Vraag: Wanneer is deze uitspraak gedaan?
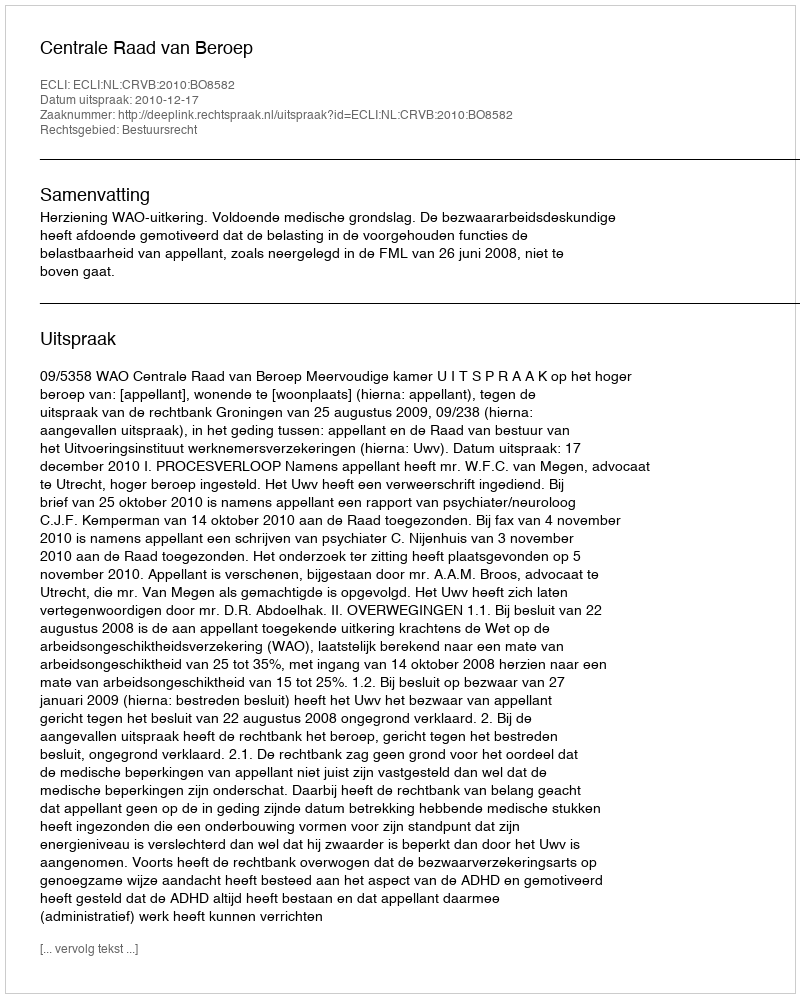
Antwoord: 2010-12-17